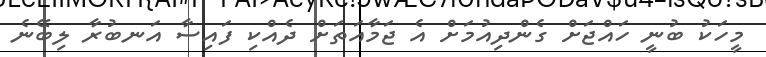
މީހަކު ބުނީ ހައްޖަށް ގެންދިއުމަށް އެ ޖަމާއަތަށް ދެއްކި ފައިސާ އަނބުރާ ލިބޭނެ